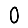
Digit: 0